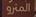
المترو